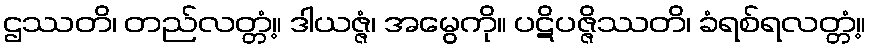
ဌဿတိ၊ တည်လတ္တံ့။ ဒါယဇ္ဇံ၊ အမွေကို။ ပဋိပဇ္ဇိဿတိ၊ ခံရစ်ရလတ္တံ့။